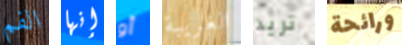
الفم إنها أو الغريبة تريد ورائحة